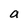
Character: a